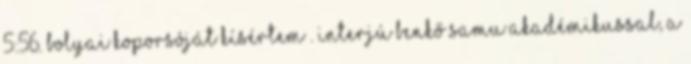
5:56. Bolyai koporsóját kísértem”. Interjú Benkő Samu akadémikussal, a